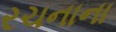
રચનાના